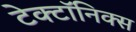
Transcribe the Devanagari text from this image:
टेक्टॉनिक्स